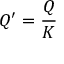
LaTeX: Q ^ { \prime } = { \frac { Q } { K } }